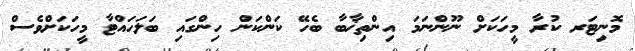
މޮނިޓަރ ކުރާ މީހަކަށް ނޫންނަމަ އިންތިޚާބާ ބެހޭ ކަންކަން ހިންގައި ބަލަހައްޓާ މީހަކަށްވެސް